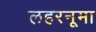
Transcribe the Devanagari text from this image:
लहरनूमा